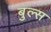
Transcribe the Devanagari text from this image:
बुल्‍स